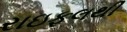
રાઇફલથી